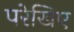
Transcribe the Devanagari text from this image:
परेखिए